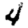
Digit: 4